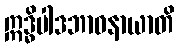
ဣဒ္ဓိပါဒဘာဝနာယာတိ